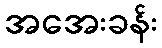
အအေးခန်း